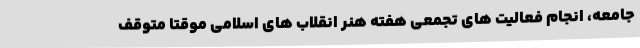
جامعه، انجام فعالیت های تجمعی هفته هنر انقلاب های اسلامی موقتا متوقف